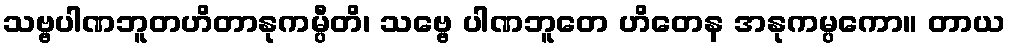
သဗ္ဗပါဏဘူတဟိတာနုကမ္ပီတိ၊ သဗ္ဗေ ပါဏဘူတေ ဟိတေန အနုကမ္ပကော။ တာယ